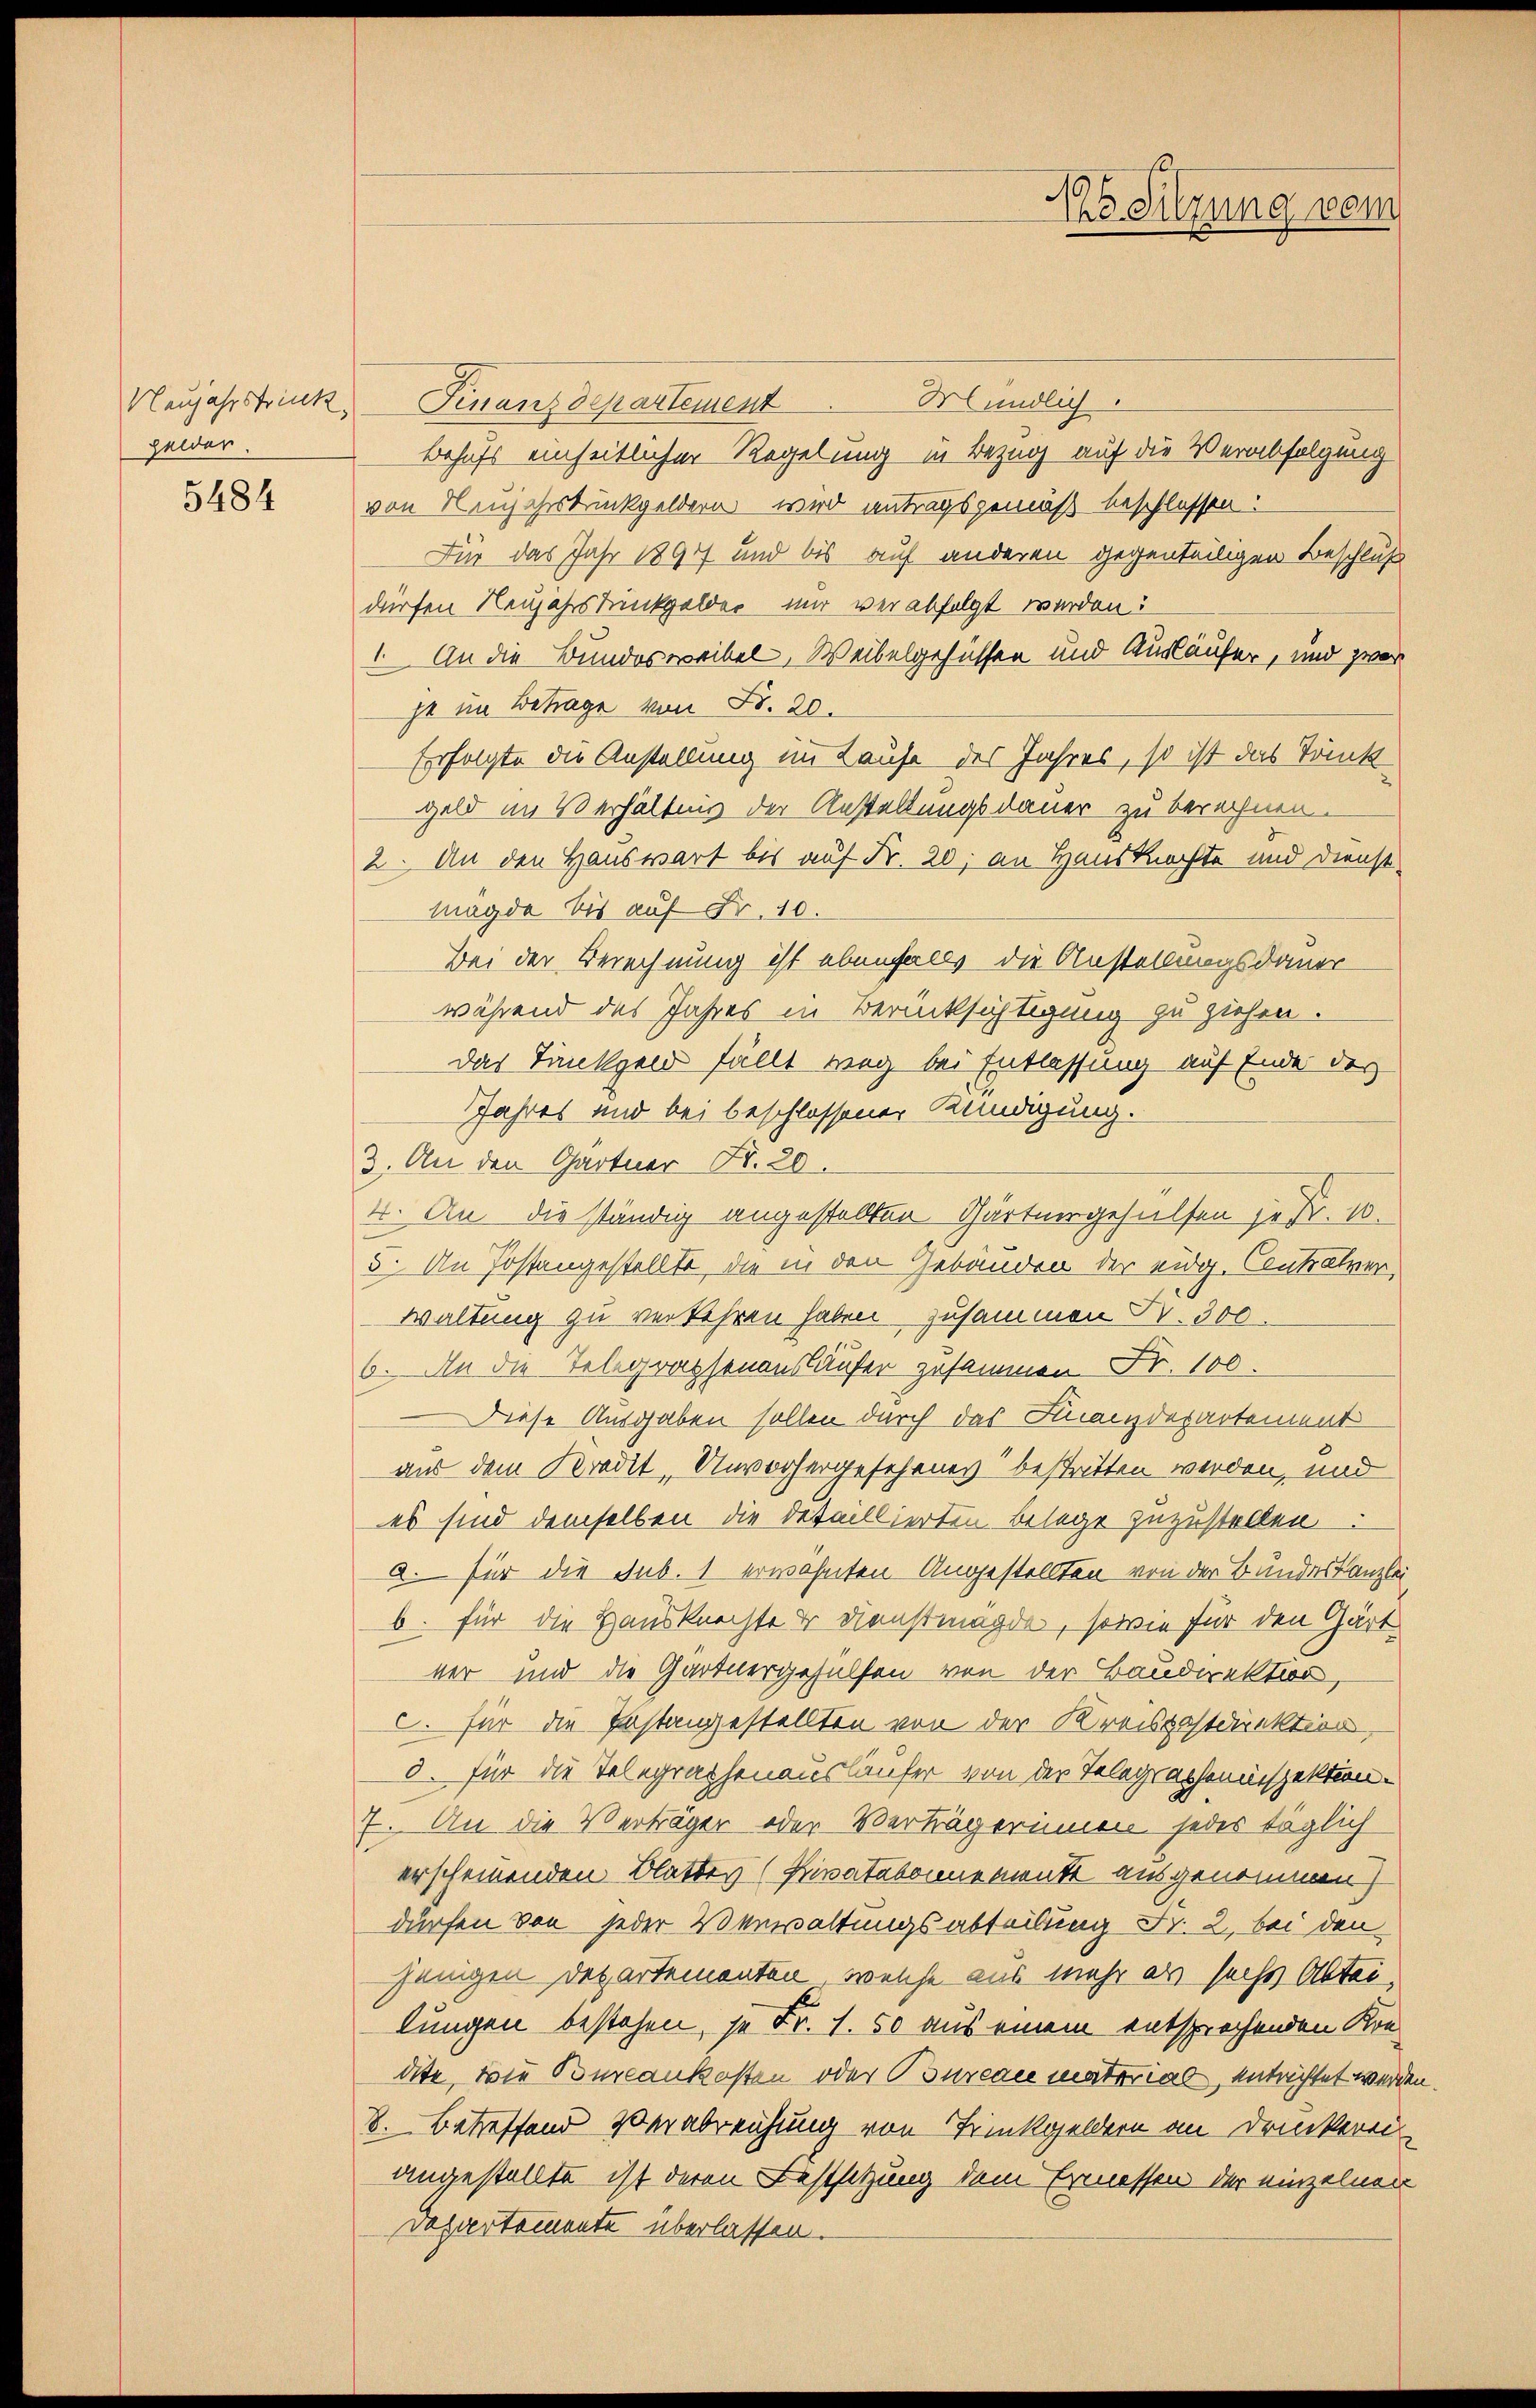
gelder.
5484

Mündlich.
Neujahrstrinkt. Finanzdepartement
Behufs einheitlicher Regelung in Bezug auf die Verabfolgung
von Neujahrsbrückgeldern wird antragsgemäß beschlossen:
Für das Jahr 1894 und bis auf anderen gegenteiligen Beschluß
dürfen Neujahrstrinkgelder mir verabfolgt werden:
1. An die Bundesweibel, Weibelgehüssen und Ausläufer, und zwar
je im Betrage von Fr. 20.
Erfolgte die Anstellung im Laufe des Jahres, so ist das Tonk
geld im Verhältnis der Anstellungsdauer zu berechnen.
2. An den Hauswart bis auf Fr. 20, an Hausknechte und Dienst
Magde bis auf Fr. 10.
Bei der Berechnung ist ebenfalls die Anstellungsdauer
während des Jahres in Berücksichtigung zu ziehen.
das Tantzen fällt weg bei Entlassung auf Ende des
JJahres und bei beschlossener Kündigung.
3. An den Gärtner Fr. 20.
4. An die ständig angestellten Gärtnergehülfen je Fr. 10.
5. An Postangestellte, die in den Gebäuden der eidg. Contralver
waltung zu verkehren haben, zusammen Fr. 300
6. An die Telegraphenausläufer zusammen Fr. 100.
Diese Ausgaben sollen durch das Finanzdepartement
aus dem Kredit, Unvorhergesehenes“ bestritten werden, und
es sind demselben die detaillierten Belage zuzustellen.
a. für die Sub. 1 erwähnten Angestellten von der Bundeskanzlei
b. für die Hausknechte der Dienstmägde, sowie für den Gärt
ver und die Gartnergehülfen von der Baudirektion,
C. für die Pastangestellten von der Kreispostdirektion,
5. für die Telegraphenausläufer von der Telegrapheninspektion.
7. An die Verträger oder Verträgerinnen jedes täglich
erscheinenden Blatter (Privatabonnemente ausgenommen)
dürfen von jeder Verwaltungsabteilung Fr. 2, bei den
jenigen Departementen, welche aus mehr als sechs Abtei,
lungen bestehen, je Fr. 1.50 aus einem entsprochenden Kondite, wie Bureaukosten oder Bourcace material, entrichtet werden
B. Betreffend Verabreichung von Trinkgeldern an Druckerei
angestellte ist deren Festsetzung dem Ermessen der einzelnen
Departemente überlassen.

1s Sitzung vom